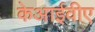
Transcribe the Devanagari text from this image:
केआईवीए